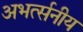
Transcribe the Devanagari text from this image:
अभर्त्सनीय